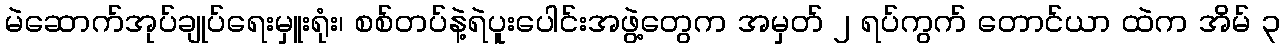
မဲဆောက်အုပ်ချုပ်ရေးမှူးရုံး၊ စစ်တပ်နဲ့ရဲပူးပေါင်းအဖွဲ့တွေက အမှတ် ၂ ရပ်ကွက် တောင်ယာ ထဲက အိမ် ၃